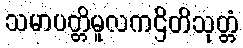
သမာပတ္တိမူလကဌိတိသုတ္တံ